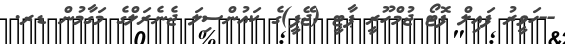
--ހަވީރު ފައިލް ފޮޓޯ ޖުމްހޫރީ ޕާޓީ (ޖޭޕީ)ގެ ކައުންސިލަ ޖެނެރަލްގެ މަގާމުން ޑރ.